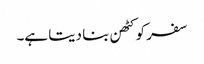
سفر کو کٹھن بنا دیتا ہے۔